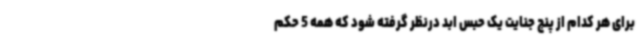
برای هر کدام از پنج جنایت یک حبس ابد درنظر گرفته شود که همه 5 حکم